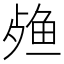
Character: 𬆙